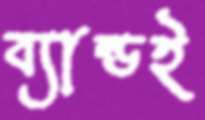
ব্যান্ডই